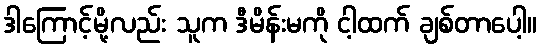
ဒါကြောင့်မို့လည်း သူက ဒီမိန်းမကို ငါ့ထက် ချစ်တာပေါ့။